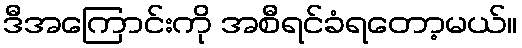
ဒီအကြောင်းကို အစီရင်ခံရတော့မယ်။